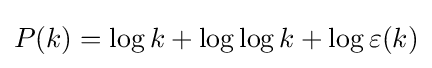
P(k)=\log k+\log \log k+\log \varepsilon (k)